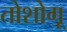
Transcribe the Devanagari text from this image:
तोशोगू